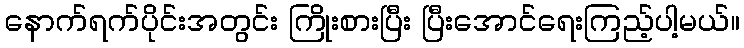
နောက်ရက်ပိုင်းအတွင်း ကြိုးစားပြီး ပြီးအောင်ရေးကြည့်ပါ့မယ်။